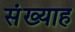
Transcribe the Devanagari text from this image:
संख्याह